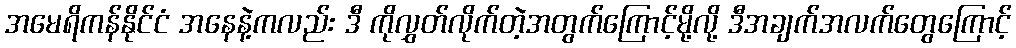
အမေရိကန်နိုင်ငံ အနေနဲ့ကလည်း ဒီ ကိုလွှတ်လိုက်တဲ့အတွက်ကြောင့်မို့လို့ ဒီအချက်အလက်တွေကြောင့်